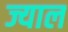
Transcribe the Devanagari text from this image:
ज्याल